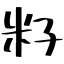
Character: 籽